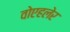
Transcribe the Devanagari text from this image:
वोएहलेर